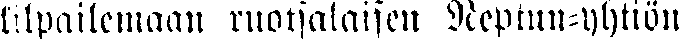
kilpailemaan ruotsalaisen Neptun-yhtiön